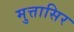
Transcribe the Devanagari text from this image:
मुत्तासिर